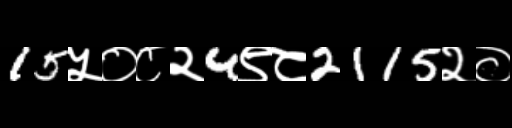
Text: 15५०८२4९८2115२०